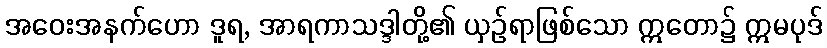
အဝေးအနက်ဟော ဒူရ, အာရကာသဒ္ဒါတို့၏ ယှဉ်ရာဖြစ်သော ဣတော၌ ဣမပုဒ်